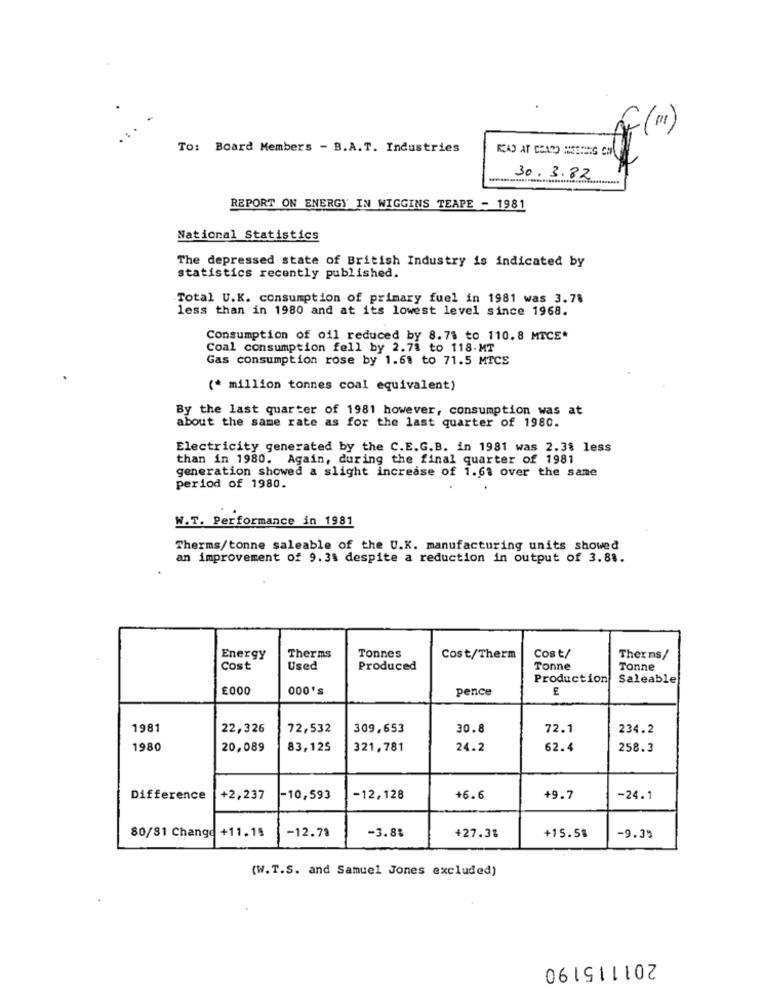
To: Board Members - B.A.T. Industries
30.3.82
REPORT ON ENERGY' IN WIGGINS TEAPE - 1981
National Statistics
The depressed state of British Industry is indicated by
statistics recently published.
Total U.K. consumption of primary fuel in 1981 was 3.78
less than in 1980 and at its lowest level since 1968.
Consumption of oil reduced by 8.78 to 110.8 MTCE*
Coal consumption fell by 2.78 to 118-MT
Gas consumption rose by 1.61 to 71.5 MTCS
(* million tonnes coal equivalent)
By the last quarter of 1981 however, consumption was at
about the same rate as for the last quarter of 1980.
Electricity generated by the C.E.G.B. in 1981 was 2.38 less
than in 1980. Again, during the final quarter of 1981
generation showed a slight increase of 1.61 over the same
period of 1980.
W.T. Performance in 1981
Therms/tonne saleable of the U.K. manufacturing units showed
an improvement of 9.35 despite a reduction in output of 3.88.
Cost/
Energy
Therms
Tonnes
Cost/Therm
Therms/
Cost
Used
Produced
Tonne
Tonne
Production
Saleable
£000
000'
pence
1981
22,326
72,532
309,653
30.8
72.1
234.2
1980
20,089
83,125
321,781
24.2
62.4
258.3
Difference
+2,237
-10,593
-12,128
+6.6
+9.7
-24.1
80/81 Changd +11.15
-12.79
-3.88
+27.3%
+15.58
-9.39
(W.T.S. and Samuel Jones excluded)
201115190